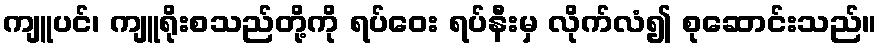
ကျူပင်၊ ကျူရိုးစသည်တို့ကို ရပ်ဝေး ရပ်နီးမှ လိုက်လံ၍ စုဆောင်းသည်။